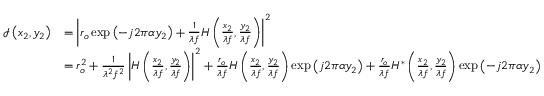
{ \begin{array} { r l } { { \mathcal { I } } \left( x _ { 2 } , y _ { 2 } \right) } & { = \left| r _ { o } \exp \left( - j 2 \pi \alpha y _ { 2 } \right) + { \frac { 1 } { \lambda f } } H \left( { \frac { x _ { 2 } } { \lambda f } } , { \frac { y _ { 2 } } { \lambda f } } \right) \right| ^ { 2 } } \\ & { = r _ { o } ^ { 2 } + { \frac { 1 } { \lambda ^ { 2 } f ^ { 2 } } } \left| H \left( { \frac { x _ { 2 } } { \lambda f } } , { \frac { y _ { 2 } } { \lambda f } } \right) \right| ^ { 2 } + { \frac { r _ { o } } { \lambda f } } H \left( { \frac { x _ { 2 } } { \lambda f } } , { \frac { y _ { 2 } } { \lambda f } } \right) \exp \left( j 2 \pi \alpha y _ { 2 } \right) + { \frac { r _ { o } } { \lambda f } } H ^ { * } \left( { \frac { x _ { 2 } } { \lambda f } } , { \frac { y _ { 2 } } { \lambda f } } \right) \exp \left( - j 2 \pi \alpha y _ { 2 } \right) } \end{array} }